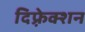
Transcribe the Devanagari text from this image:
दिफ़्रेक्शन